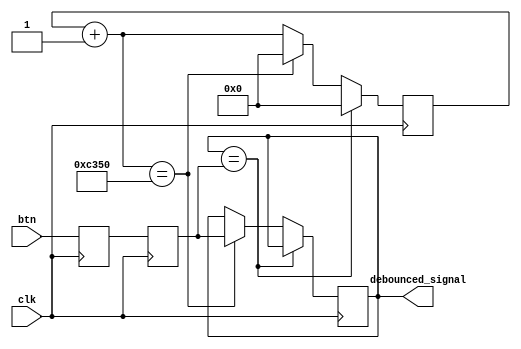
`timescale 1ns / 1ps
//////////////////////////////////////////////////////////////////////////////////
// Company: 
// Engineer: 
// 
// Design Name: 
// Module Name: debounce_metastabilize
// Project Name: 
// Target Devices: 
// Tool Versions: 
// Description: 
// 
// Dependencies: 
// 
// Revision:
// Revision 0.01 - File Created
// Additional Comments:
// 
//////////////////////////////////////////////////////////////////////////////////


module debounce_metastabilize(
    btn, clk,
    debounced_signal
    );
    
    input clk;
    input btn;
    output debounced_signal;
    
    reg [15:0] dbc_cnt = 0;
    reg debounced_signal_temp = 0;
    reg sync_1 = 0;
    reg sync_2 = 0;
    
    // flip flop for metastabilization
    always @ (posedge clk) begin
        sync_1 <= btn;
        sync_2 <= sync_1;
    end
    
    // debouncing
    always @ (posedge clk) begin
        if (debounced_signal_temp == sync_2) begin
            dbc_cnt = 0;
        end
        
        else begin
            // change in debounced button
            dbc_cnt = dbc_cnt + 1;
            if (dbc_cnt == 50000) begin
                debounced_signal_temp <= sync_2;
                dbc_cnt = 0;
            end
        end
    end
    
    assign debounced_signal = debounced_signal_temp;
    
endmodule